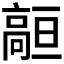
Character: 𱅻